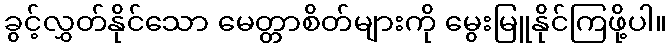
ခွင့်လွှတ်နိုင်သော မေတ္တာစိတ်များကို မွေးမြူနိုင်ကြဖို့ပါ။